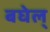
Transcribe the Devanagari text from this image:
बघेल्